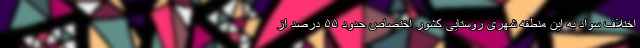
اختلاف سواد به این منطقه شهری روستایی کشور اختصاص حدود ۵۵ درصد از